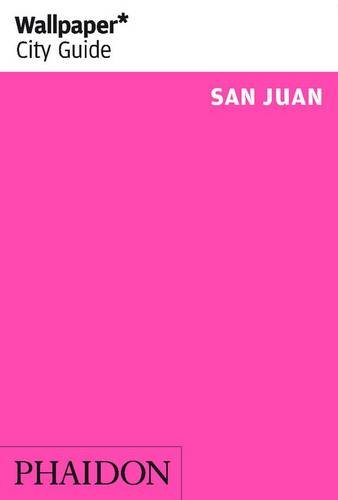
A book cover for Wallpaper* City Guide San Juan; Travel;